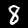
Digit: 8